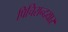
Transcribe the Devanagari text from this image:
पिचिरान्दयार